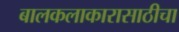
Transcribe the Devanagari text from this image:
बालकलाकारासाठीचा